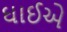
ઘાઈએ